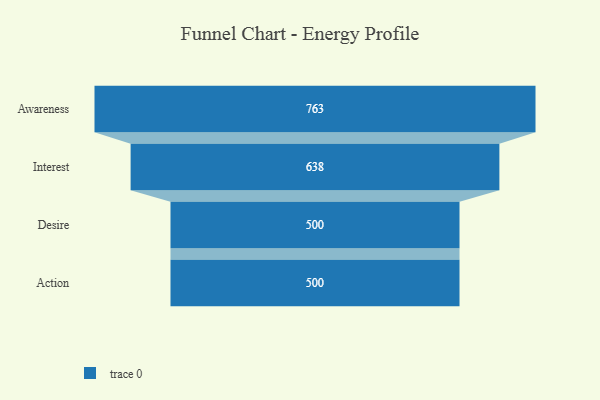
{"axis": {"x": "Stage", "y": "Value"}, "legend": [""], "data": [{"x": "Awareness", "y": 763.0, "type": ""}, {"x": "Interest", "y": 638.0, "type": ""}, {"x": "Desire", "y": 500, "type": ""}, {"x": "Action", "y": 500, "type": ""}]}